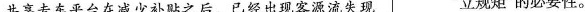
共享专车平台在减少补贴之后，已经出现客源流失现 ”立规矩”的必要性。